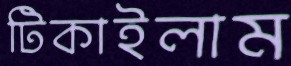
টিকাইলাম